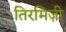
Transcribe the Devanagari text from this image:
तिरमिज़ी